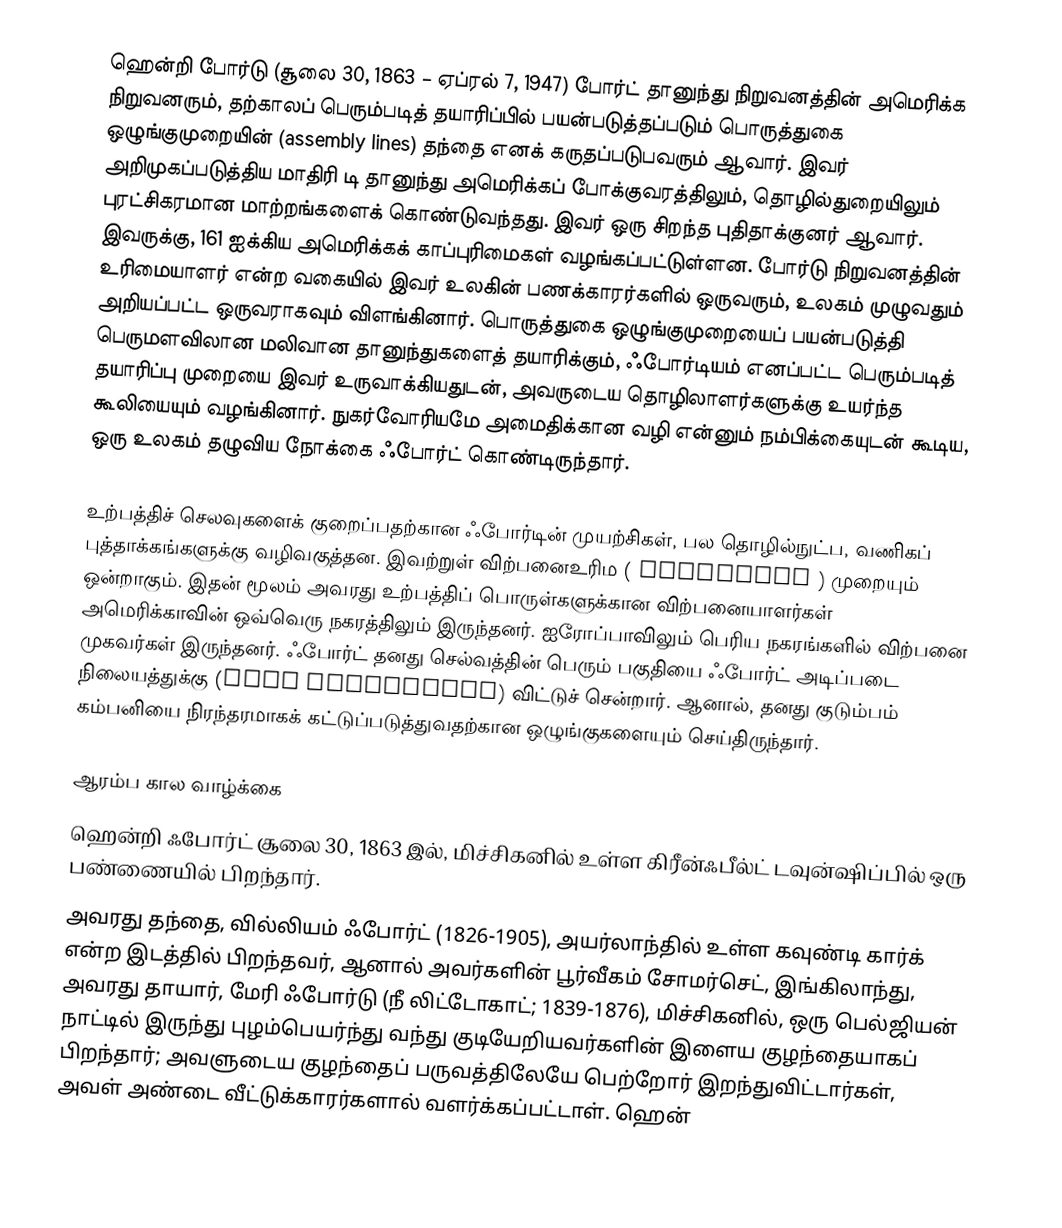
ஹென்றி போர்டு (சூலை 30, 1863 – ஏப்ரல் 7, 1947) போர்ட் தானுந்து நிறுவனத்தின் அமெரிக்க நிறுவனரும், தற்காலப் பெரும்படித் தயாரிப்பில் பயன்படுத்தப்படும் பொருத்துகை ஒழுங்குமுறையின் (assembly lines) தந்தை எனக் கருதப்படுபவரும் ஆவார். இவர் அறிமுகப்படுத்திய மாதிரி டி தானுந்து அமெரிக்கப் போக்குவரத்திலும், தொழில்துறையிலும் புரட்சிகரமான மாற்றங்களைக் கொண்டுவந்தது. இவர் ஒரு சிறந்த புதிதாக்குனர் ஆவார். இவருக்கு, 161 ஐக்கிய அமெரிக்கக் காப்புரிமைகள் வழங்கப்பட்டுள்ளன. போர்டு நிறுவனத்தின் உரிமையாளர் என்ற வகையில் இவர் உலகின் பணக்காரர்களில் ஒருவரும், உலகம் முழுவதும் அறியப்பட்ட ஒருவராகவும் விளங்கினார். பொருத்துகை ஒழுங்குமுறையைப் பயன்படுத்தி பெருமளவிலான மலிவான தானுந்துகளைத் தயாரிக்கும், ஃபோர்டியம் எனப்பட்ட பெரும்படித் தயாரிப்பு முறையை இவர் உருவாக்கியதுடன், அவருடைய தொழிலாளர்களுக்கு உயர்ந்த கூலியையும் வழங்கினார். நுகர்வோரியமே அமைதிக்கான வழி என்னும் நம்பிக்கையுடன் கூடிய, ஒரு உலகம் தழுவிய நோக்கை ஃபோர்ட் கொண்டிருந்தார்.

உற்பத்திச் செலவுகளைக் குறைப்பதற்கான ஃபோர்டின் முயற்சிகள், பல தொழில்நுட்ப, வணிகப் புத்தாக்கங்களுக்கு வழிவகுத்தன. இவற்றுள் விற்பனைஉரிம ( franchise ) முறையும் ஒன்றாகும். இதன் மூலம் அவரது உற்பத்திப் பொருள்களுக்கான விற்பனையாளர்கள் அமெரிக்காவின் ஒவ்வெரு நகரத்திலும் இருந்தனர். ஐரோப்பாவிலும் பெரிய நகரங்களில் விற்பனை முகவர்கள் இருந்தனர். ஃபோர்ட் தனது செல்வத்தின் பெரும் பகுதியை ஃபோர்ட் அடிப்படை நிலையத்துக்கு (Ford Foundation) விட்டுச் சென்றார். ஆனால், தனது குடும்பம் கம்பனியை நிரந்தரமாகக் கட்டுப்படுத்துவதற்கான ஒழுங்குகளையும் செய்திருந்தார்.

ஆரம்ப கால வாழ்க்கை
ஹென்றி ஃபோர்ட் சூலை 30, 1863 இல், மிச்சிகனில் உள்ள கிரீன்ஃபீல்ட் டவுன்ஷிப்பில் ஒரு பண்ணையில் பிறந்தார்.
 அவரது தந்தை, வில்லியம் ஃபோர்ட் (1826-1905), அயர்லாந்தில் உள்ள கவுண்டி கார்க் என்ற இடத்தில் பிறந்தவர், ஆனால் அவர்களின் பூர்வீகம் சோமர்செட், இங்கிலாந்து, அவரது தாயார், மேரி ஃபோர்டு (நீ லிட்டோகாட்; 1839-1876), மிச்சிகனில், ஒரு பெல்ஜியன் நாட்டில் இருந்து புழம்பெயர்ந்து வந்து குடியேறியவர்களின் இளைய குழந்தையாகப் பிறந்தார்; அவளுடைய குழந்தைப் பருவத்திலேயே பெற்றோர் இறந்துவிட்டார்கள், அவள் அண்டை வீட்டுக்காரர்களால் வளர்க்கப்பட்டாள்.  ஹென்